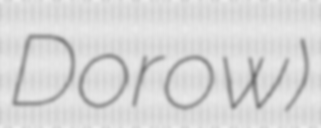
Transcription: Dorow)